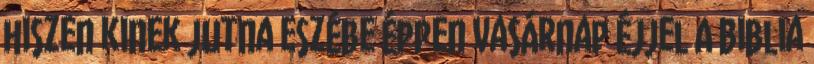
hiszen kinek jutna eszébe éppen vasárnap éjjel A Biblia